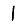
Digit: 1